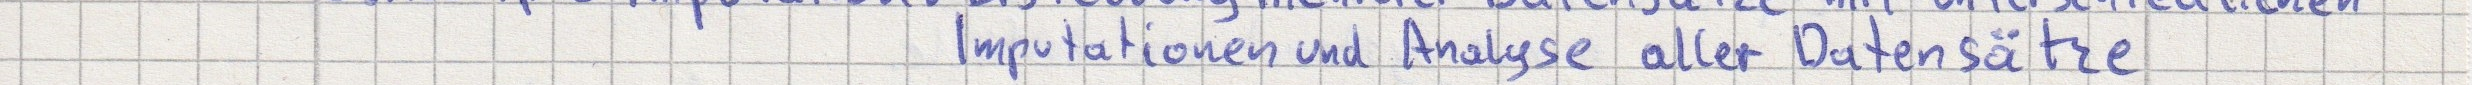
Imputationen und Analyse aller Datensätze